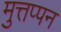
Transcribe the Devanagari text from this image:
मुत्तप्पन